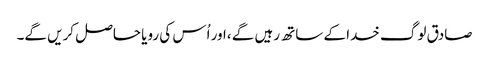
صادق لوگ خدا کے ساتھ رہیں گے ،اور اُس کی رویا حاصل کریں گے۔